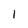
Character: I